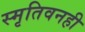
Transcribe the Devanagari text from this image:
स्मृतिवनही